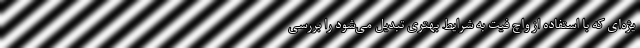
یژه‌ای که با استفاده از واچ فیت به شرایط بهتری تبدیل می‌شود را بررسی